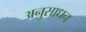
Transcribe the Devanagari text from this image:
अनुसाधन